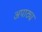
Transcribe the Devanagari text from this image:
अपाठ्य